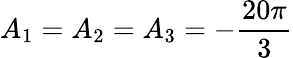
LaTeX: A_{1}=A_{2}=A_{3}=-\frac{20\pi}{3}